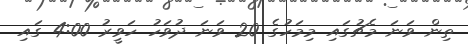
ތިން ވަނަ މެޗުގައި މިމަހުގެ 20 ވަނަ ދުވަހު ހަވީރު 4:00 ގައި